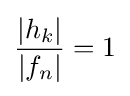
{\frac {|h_{k}|}{|f_{n}|}}=1